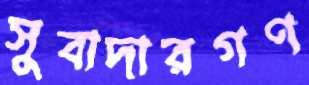
সুবাদারগণ